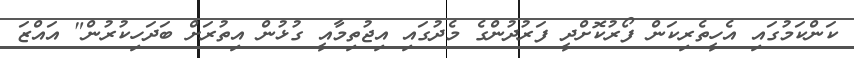
ކަންކަމުގައި އެހީތެރިކަން ފޯރުކޮށްދީ ފަރުދުންގެ މެދުގައި އިޖުތިމާއީ ގުޅުން އިތުރަށް ބަދަހިކުރުން" އައްޒަ